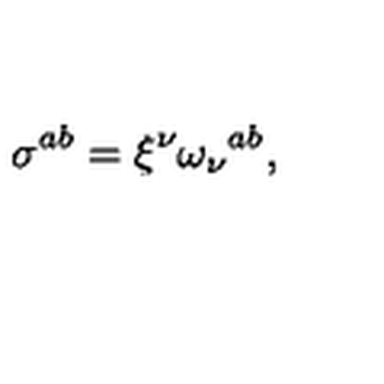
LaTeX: \sigma ^ { a b } = \xi ^ { \nu } \omega _ { \nu } { } ^ { a b } ,